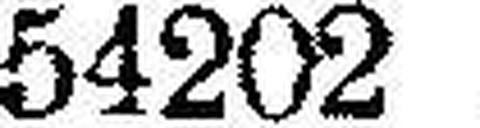
54202